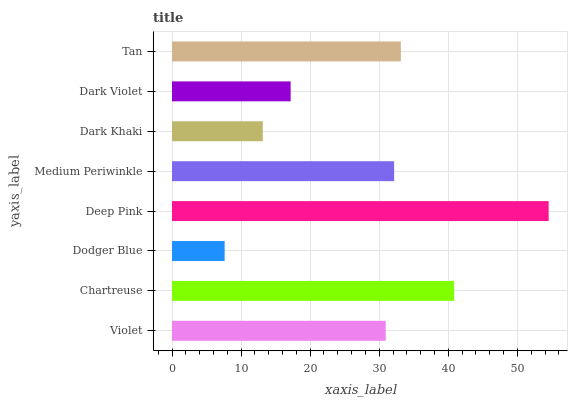
| yaxis_label | bars |
 | --- | --- |
 | Violet | 30.9 |
 | Chartreuse | 40.8 |
 | Dodger Blue | 7.62 |
 | Deep Pink | 54.5 |
 | Medium Periwinkle | 32.2 |
 | Dark Khaki | 13.1 |
 | Dark Violet | 17.2 |
 | Tan | 33.1 |